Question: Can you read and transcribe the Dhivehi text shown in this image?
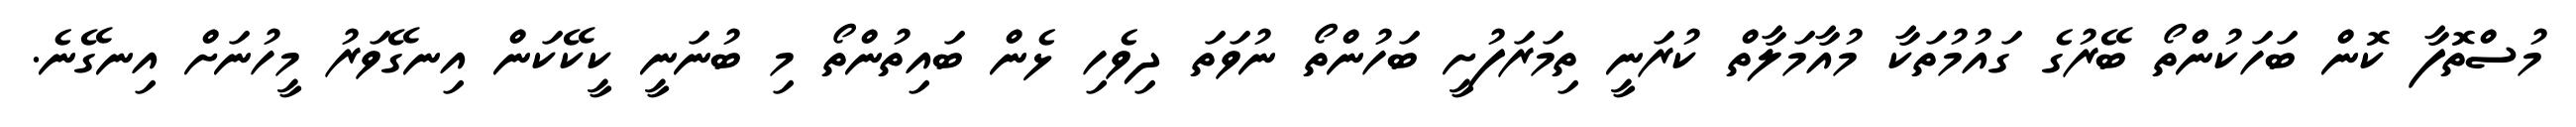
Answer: މުސްތޮފާ ކޮން ބަހަކުންތޯ ބޭރުގެ ގައުމުތަކާ މުއާމަލާތް ކުރަނީ ތިމަރަފުށީ ބަހުންތޯ ނުވަތަ ދިވެހި ޅެން ބައިތުންތޯ މި ބުނަނީ ކީކޭކަން އިނގޭވަރު މީހުނަށް އިނގޭނެ.